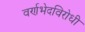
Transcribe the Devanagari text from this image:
वर्णभेदविरोधी